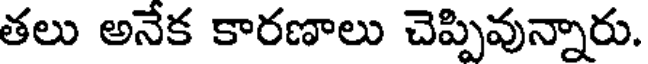
తలు అనేక కారణాలు చెప్పివున్నారు.